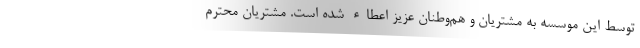
توسط این موسسه به مشتریان و هم‌وطنان عزیز اعطاء شده است. مشتریان محترم